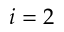
i = 2